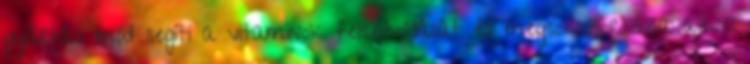
gyártási mód segíti a vitaminok felszívódását és megsokszorozza azok